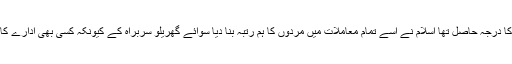
جاہلیت میں جسے اچھوت اور ملیچھ کا درجہ حاصل تھا اسلام نے اسے تمام معاملات میں مردوں کا ہم رتبہ بنا دیا سوائے گھریلو سربراہ کے کیونکہ کسی بھی ادارے کا سربراہ ایک سے زیادہ نہیں ہو سکتا۔